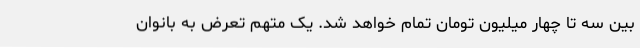
بین سه تا چهار میلیون تومان تمام خواهد شد. یک متهم تعرض به بانوان